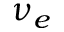
\nu _ { e }